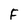
Character: F